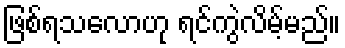
ဖြစ်ရသလောဟု ရင်ကွဲလိမ့်မည်။